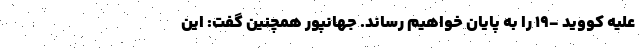
علیه کووید -۱۹ را به پایان خواهیم رساند. جهانپور همچنین گفت: این